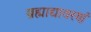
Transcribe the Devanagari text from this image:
ब्रह्माद्यावरणं